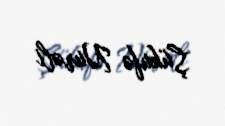
Şükufə Nurəli